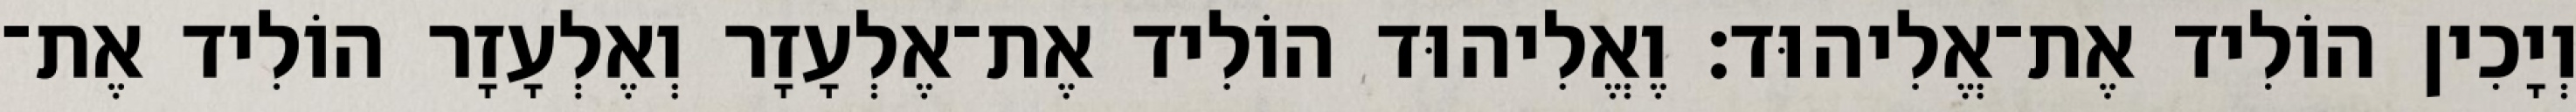
וְיָכִין הוֹלִיד אֶת־אֱלִיהוּד׃ וֶאֱלִיהוּד הוֹלִיד אֶת־אֶלְעָזָר וְאֶלְעָזָר הוֹלִיד אֶת־